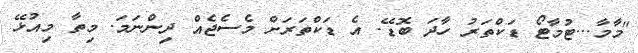
"މާމާ...ޓުމާޓޯ ޑަކްތަރު ހާދަ ބޮޑޭ. އެ ޑަކްތަރަށް މެސެޖެއް ދިންނަމަ. މިތާ މިއުޅޭ